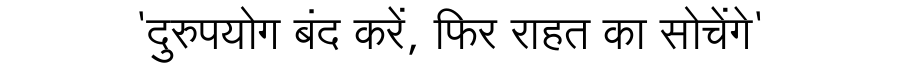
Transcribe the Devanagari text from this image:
'दुरुपयोग बंद करें, फिर राहत का सोचेंगे'